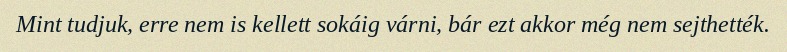
Mint tudjuk, erre nem is kellett sokáig várni, bár ezt akkor még nem sejthették.